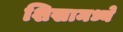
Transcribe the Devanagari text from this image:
शिखामध्ये